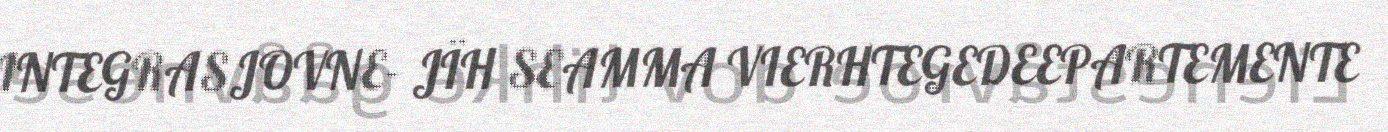
INTEGRASJOVNE- JÏH SEAMMA VIERHTEGEDEEPARTEMENTE